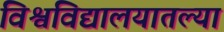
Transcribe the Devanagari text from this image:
विश्वविद्यालयातल्या